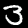
Digit: 3